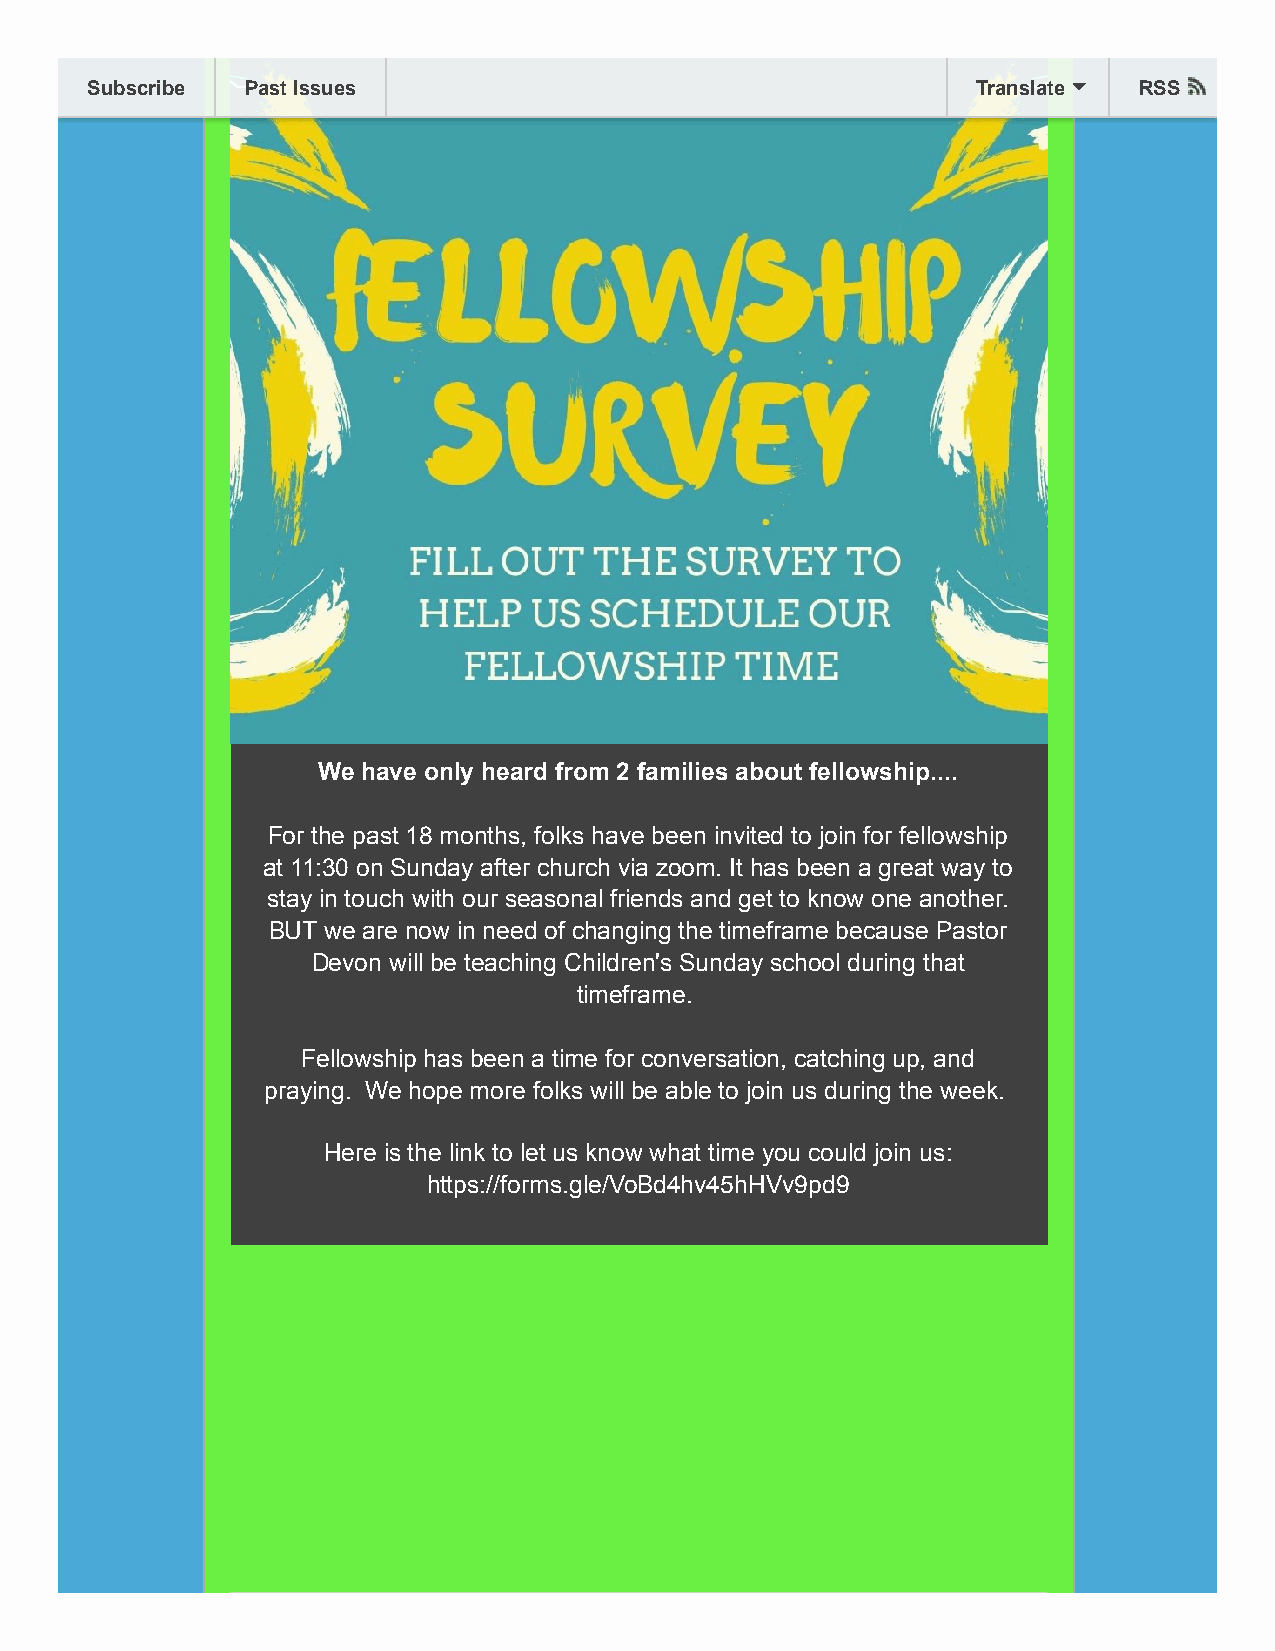
Subscribe Past Issues                                      Translate RSS
 We have only heard from 2 families about fellowship....
 For the past 18 months, folks have been invited to join for fellowship
 at 11:30 on Sunday after church via zoom. It has been a great way to
 stay in touch with our seasonal friends and get to know one another.
 BUT we are now in need of changing the timeframe because Pastor
 Devon will be teaching Children's Sunday school during that
 timeframe.
 Fellowship has been a time for conversation, catching up, and
 praying. We hope more folks will be able to join us during the week.
 Here is the link to let us know what time you could join us:
 https://forms.gle/VoBd4hv45hHVv9pd9